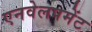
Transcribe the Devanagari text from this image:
एनवेलपमेंट